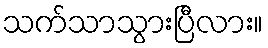
သက်သာသွားပြီလား။